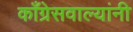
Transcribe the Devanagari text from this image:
काँग्रेसवाल्यांनी